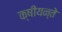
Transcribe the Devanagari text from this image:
क्षीयन्ते